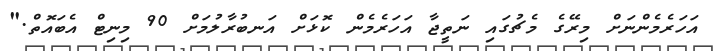
އަހަރެމެންނަށް މިރޭގެ މެޗުގައި ނަތީޖާ އަހަރެމެން ކޮޅަށް އަނބުރާލުމަށް 90 މިނިޓް އެބައޮތް."